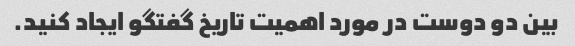
بین دو دوست در مورد اهمیت تاریخ گفتگو ایجاد کنید.